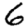
Digit: 6